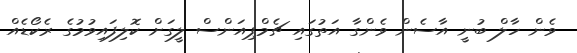
ވެން ހާލް ބުނީ އާސެން ވެންގާ އަތުގައި ޗެމްޕިއަންސް ލީގަށް ކޮލިފައިވުމުގެ ރެކޯޑެއް